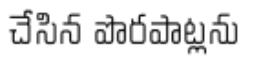
చేసిన పొరపాట్లను